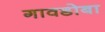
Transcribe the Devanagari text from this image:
गावडोबा